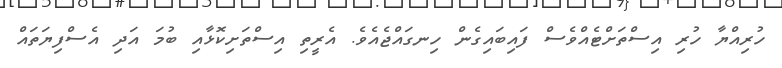
ހުރިއްޔާ ހުރި އިސްތަށްޓެއްވެސް ފައިބައިގެން ހިނގައްޖެއެވެ. އެރީތި އިސްތަށިކޮޅާއި ބުމަ އަދި އެސްފިޔަތައް